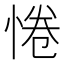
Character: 惓